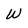
Character: w